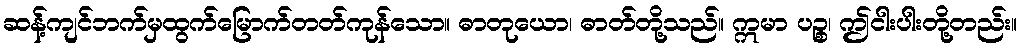
ဆန့်ကျင်ဘက်မှထွက်မြောက်တတ်ကုန်သော။ ဓာတုယော၊ ဓာတ်တို့သည်။ ဣမာ ပဉ္စ၊ ဤငါးပါးတို့တည်း။